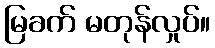
မြခက် မတုန်လှုပ်။